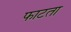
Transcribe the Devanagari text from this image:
फाटता